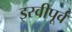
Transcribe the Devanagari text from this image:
इस्वीपूर्व